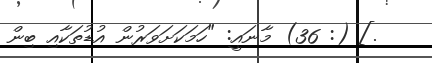
.] (: 36) މާނައީ: "ހަމަކަށަވަރުން އުޑުތަކާއި ބިން